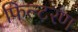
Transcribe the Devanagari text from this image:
फिल्टरण